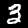
Digit: 3